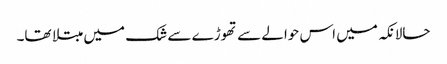
حالانکہ میں اس حوالے سے تھوڑے سے شک میں مبتلا تھا۔